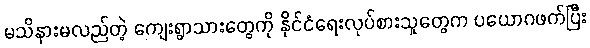
မသိနားမလည်တဲ့ ကျေးရွာသားတွေကို နိုင်ငံရေးလုပ်စားသူတွေက ပယောဂဖက်ပြီး